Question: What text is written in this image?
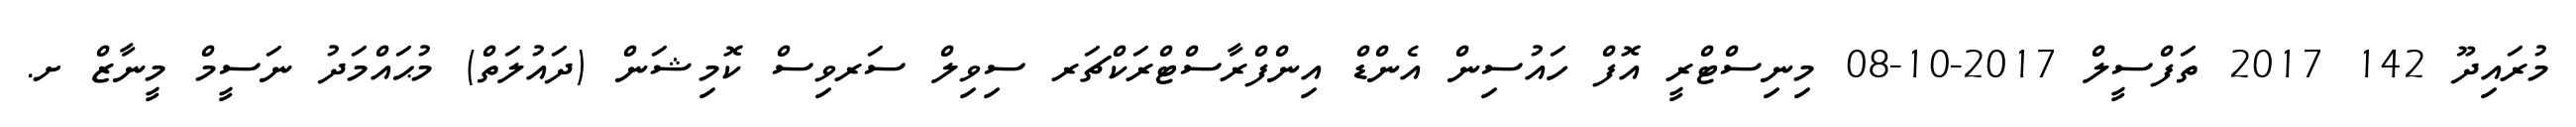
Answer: މުރައިދޫ 142 2017 ތަފްސީލް 2017-10-08 މިނިސްޓްރީ އޮފް ހައުސިން އެންޑް އިންފްރާސްޓްރަކްޗަރ ސިވިލް ސަރވިސް ކޮމިޝަން (ދައުލަތް) މުޙައްމަދު ނަސީމް މީނާޒް ށ.